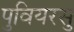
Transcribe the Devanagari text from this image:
पुवियरसु